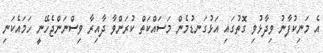
އެ މަނިކުފާނު ވިދާޅުވި ގޮތުގައި އަޅުގަނޑުމެން މަސައްކަތް ކުރަންވާ ދާއިރާ ވިސްނަންޖެހޭނީ ހަމައެކަނި